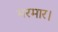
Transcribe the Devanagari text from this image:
भरमार।